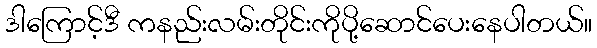
ဒါကြောင့်ဒီ ကနည်းလမ်းတိုင်းကိုပို့ဆောင်ပေးနေပါတယ်။